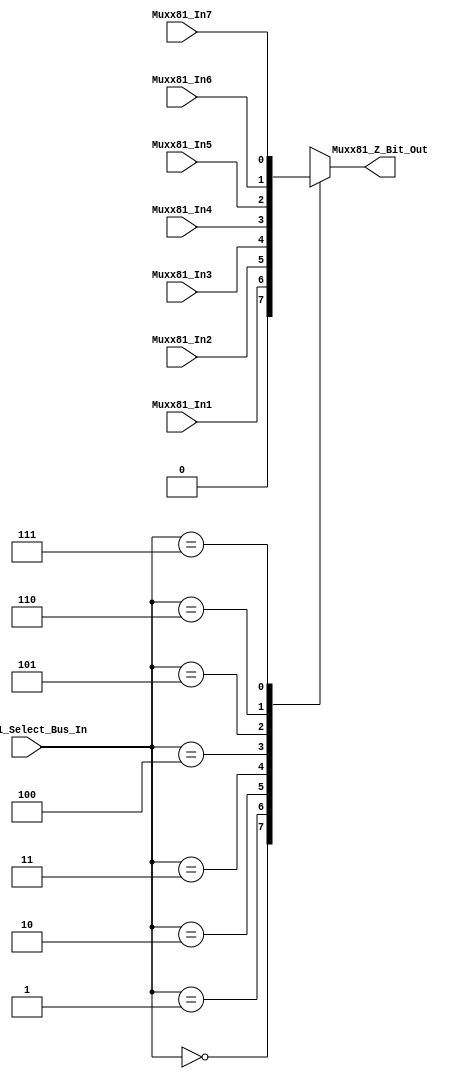
//##########################################################################
//######					G0B1T HDL EXAMPLES											####
//######	Fredy Enrique Segura-Quijano fsegura@uniandes.edu.co				####   
//######																						####   
//######				MODIFICADO: Agosto de 2017 - FES								####   
//##########################################################################
//# G0B1T
//# Copyright (C) 2014 Bogot, Colombia
//# 
//# This program is free software: you can redistribute it and/or modify
//# it under the terms of the GNU General Public License as published by
//# the Free Software Foundation, version 3 of the License.
//#
//# This program is distributed in the hope that it will be useful,
//# but WITHOUT ANY WARRANTY; without even the implied warranty of
//# MERCHANTABILITY or FITNESS FOR A PARTICULAR PURPOSE.  See the
//# GNU General Public License for more details.
//#
//# You should have received a copy of the GNU General Public License
//# along with this program.  If not, see <http://www.gnu.org/licenses/>.
//#/
//###########################################################################

//=======================================================
//  MODULE Definition
//=======================================================
module Muxx81Y (
//////////// OUTPUT //////////
	Muxx81_Z_Bit_Out,
//////////// INPUTS //////////
	Muxx81_Select_Bus_In,
	Muxx81_In7,
	Muxx81_In6,
	Muxx81_In5,
	Muxx81_In4,
	Muxx81_In3,
	Muxx81_In2,
	Muxx81_In1
);
//=======================================================
//  PARAMETER declarations
//=======================================================
 parameter DATAWIDTH_SELECTOR=3;
 parameter DATAWIDTH_DATA=8;
//=======================================================
//  PORT declarations
//=======================================================
	output	reg Muxx81_Z_Bit_Out;
	input		wire [DATAWIDTH_SELECTOR-1:0] Muxx81_Select_Bus_In;
	input		wire  Muxx81_In7;
	input		wire  Muxx81_In6;
	input		wire  Muxx81_In5;
	input		wire  Muxx81_In4;
	input		wire  Muxx81_In3;
	input		wire  Muxx81_In2;
	input		wire  Muxx81_In1;
//=======================================================
//  REG/WIRE declarations
//=======================================================

//=======================================================
//  Structural coding
//=======================================================
always @(Muxx81_Select_Bus_In or Muxx81_In1 or Muxx81_In2 or Muxx81_In3 or Muxx81_In4 or Muxx81_In5 or Muxx81_In6 or Muxx81_In7 )
begin
   case( Muxx81_Select_Bus_In )
       0 : Muxx81_Z_Bit_Out = 1'b0;
       1 : Muxx81_Z_Bit_Out = Muxx81_In1;
       2 : Muxx81_Z_Bit_Out = Muxx81_In2;
       3 : Muxx81_Z_Bit_Out = Muxx81_In3;
		 4 : Muxx81_Z_Bit_Out = Muxx81_In4;
		 5 : Muxx81_Z_Bit_Out = Muxx81_In5;
		 6 : Muxx81_Z_Bit_Out = Muxx81_In6;
		 7 : Muxx81_Z_Bit_Out = Muxx81_In7;
       default : Muxx81_Z_Bit_Out = 1'b0;       
   endcase		
end
endmodule